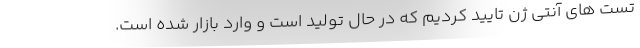
تست های آنتی ژن تایید کردیم که در حال تولید است و وارد بازار شده است.